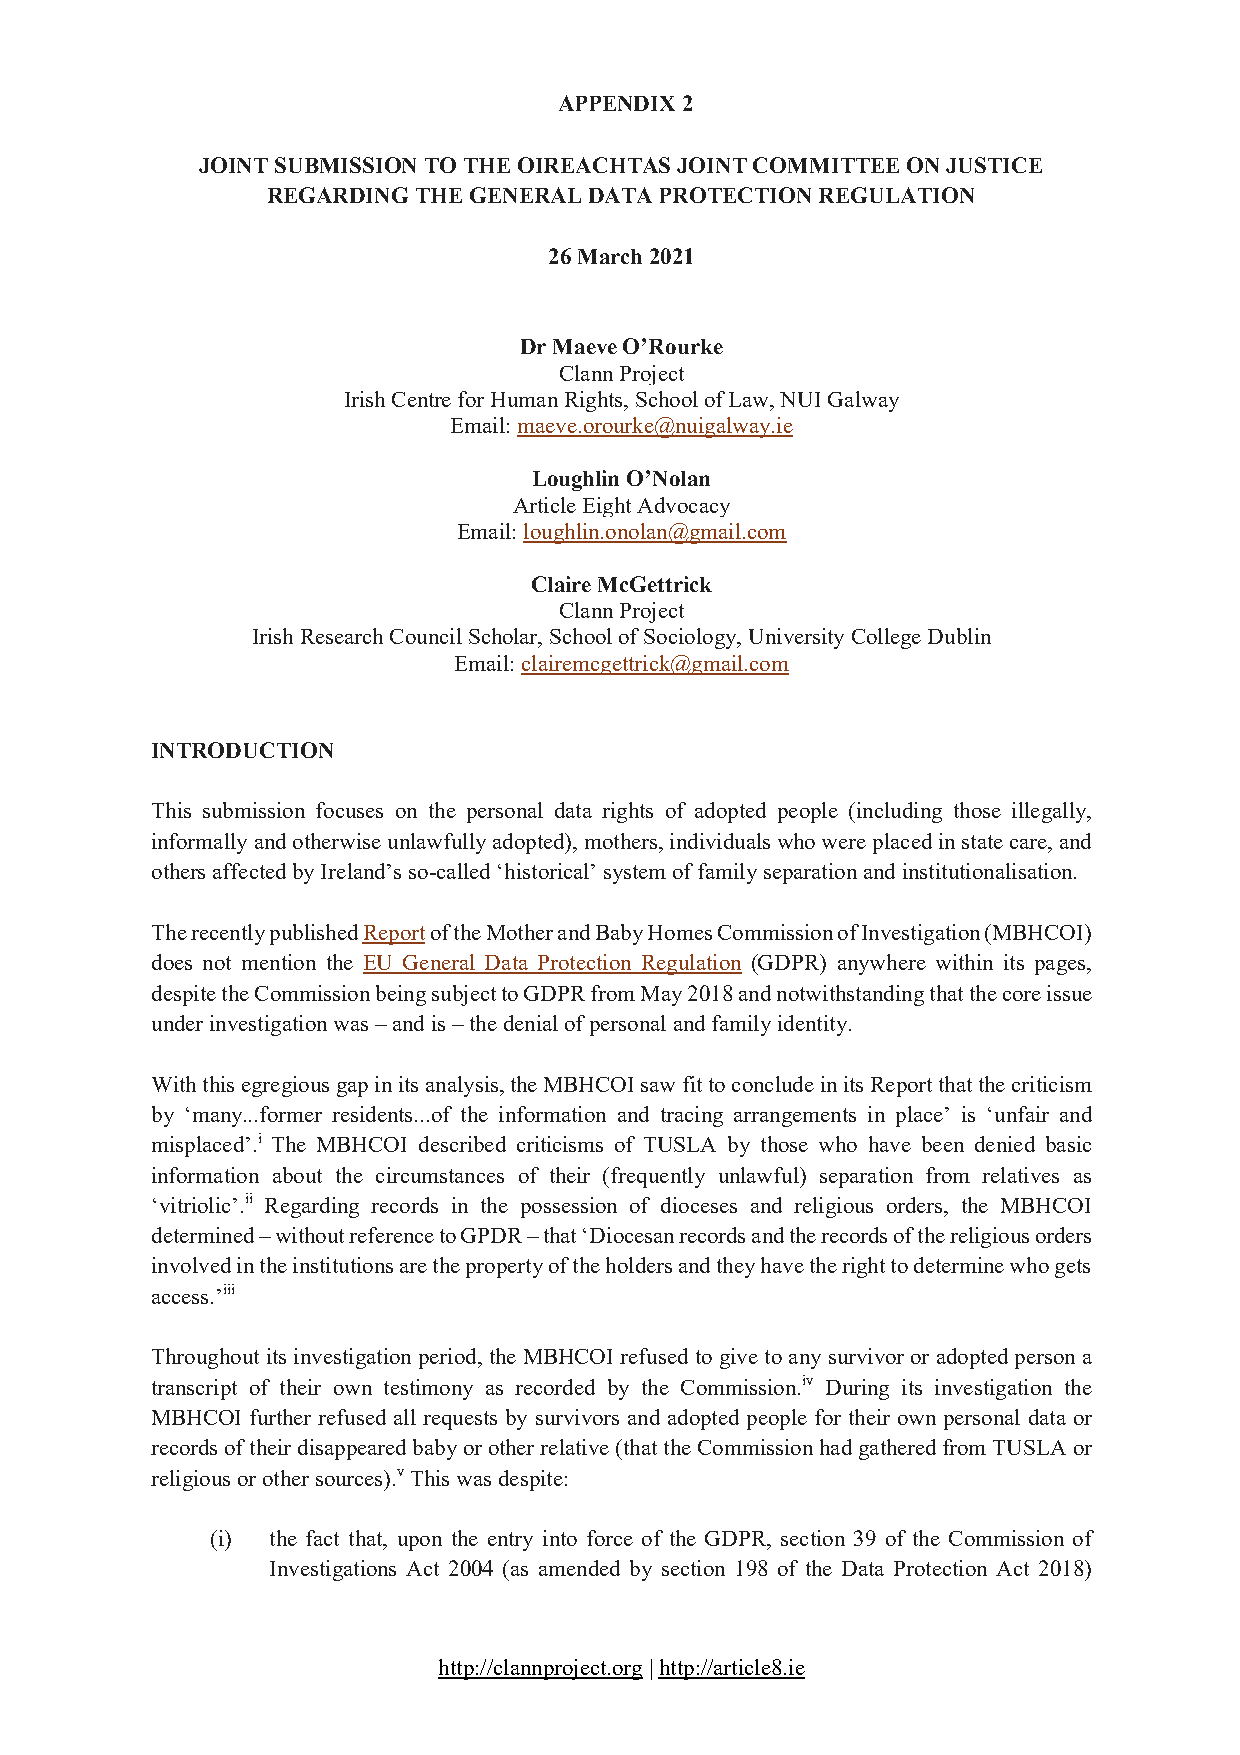
APPENDIX 2
 JOINT SUBMISSION TO THE OIREACHTAS JOINT COMMITTEE ON JUSTICE
 REGARDING THE GENERAL DATA PROTECTION REGULATION
 26 March 2021
 Dr Maeve O’Rourke
 Clann Project
 Irish Centre for Human Rights, School of Law, NUI Galway
 Email: maeve.orourke@nuigalway.ie
 Loughlin O’Nolan
 Article Eight Advocacy
 Email: loughlin.onolan@gmail.com
 Claire McGettrick
 Clann Project
 Irish Research Council Scholar, School of Sociology, University College Dublin
 Email: clairemcgettrick@gmail.com
 INTRODUCTION
 This submission focuses on the personal data rights of adopted people (including those illegally,
 informally and otherwise unlawfully adopted), mothers, individuals who were placed in state care, and
 others affected by Ireland’s so-called ‘historical’ system of family separation and institutionalisation.
 The recently published Report of the Mother and Baby Homes Commission of Investigation (MBHCOI)
 does not mention the EU General Data Protection Regulation (GDPR) anywhere within its pages,
 despite the Commission being subject to GDPR from May 2018 and notwithstanding that the core issue
 under investigation was – and is – the denial of personal and family identity.
 With this egregious gap in its analysis, the MBHCOI saw fit to conclude in its Report that the criticism
 by ‘many...former residents...of the information and tracing arrangements in place’ is ‘unfair and
 misplaced’.i The MBHCOI described criticisms of TUSLA by those who have been denied basic
 information about the circumstances of their (frequently unlawful) separation from relatives as
 ‘vitriolic’.ii Regarding records in the possession of dioceses and religious orders, the MBHCOI
 determined – without reference to GPDR – that ‘Diocesan records and the records of the religious orders
 involved in the institutions are the property of the holders and they have the right to determine who gets
 access.’iii
 Throughout its investigation period, the MBHCOI refused to give to any survivor or adopted person a
 transcript of their own testimony as recorded by the Commission.iv During its investigation the
 MBHCOI further refused all requests by survivors and adopted people for their own personal data or
 records of their disappeared baby or other relative (that the Commission had gathered from TUSLA or
 religious or other sources).v This was despite:
 (i) the fact that, upon the entry into force of the GDPR, section 39 of the Commission of
 Investigations Act 2004 (as amended by section 198 of the Data Protection Act 2018)
 http://clannproject.org | http://article8.ie